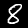
Label: 8